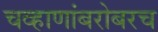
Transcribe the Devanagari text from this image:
चव्हाणांबरोबरच